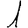
Digit: 1